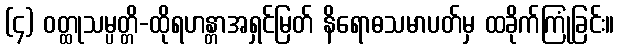
(၄) ဝတ္ထုသမ္ပတ္တိ-ထိုရဟန္တာအရှင်မြတ် နိရောဓသမာပတ်မှ ထခိုက်ကြုံခြင်း။